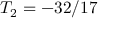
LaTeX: T _ { 2 } = - 3 2 / 1 7